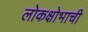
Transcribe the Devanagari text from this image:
लोकक्षोभाची